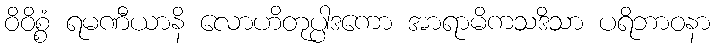
ဝိဝိစ္စံ ရမဏီယာနိ လောဟိတုပ္ပါဒကော အာရာမိကသဒိသာ ပရိဘာဝနာ